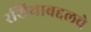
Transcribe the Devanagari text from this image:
रशियाबद्दलचे